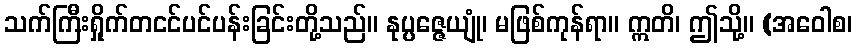
သက်ကြီးရှိုက်တငင်ပင်ပန်းခြင်းတို့သည်။ နုပ္ပဇ္ဇေယျုံ၊ မဖြစ်ကုန်ရာ။ ဣတိ၊ ဤသို့။ (အဝေါစ၊